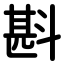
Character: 斟